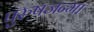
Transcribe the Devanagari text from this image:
पुरुषजन्मा